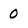
Character: 0